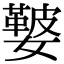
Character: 𡣐